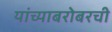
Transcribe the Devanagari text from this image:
यांच्याबरोबरची